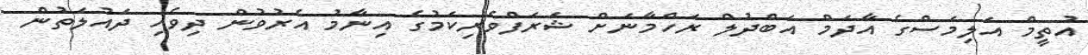
އުތީމް އަލިމަސްގެ އާދަމް އަބްދުލް ރަހްމާނަށް ޝަރަފްވެރިކަމުގެ އިނާމު އެރުވުން ދިވެހި ދައުލަތުން